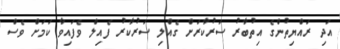
އަދި ރައްޔިތުންގެ އިތުބާރު ސަރުކާރަށް ގެއްލި ސަރުކާރު ފެއިލް ވެފައިވާ ކަމަށް ވެސް